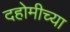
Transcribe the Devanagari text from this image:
दहोमीच्या